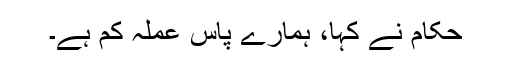
حکام نے کہا، ہمارے پاس عملہ کم ہے۔